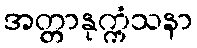
အတ္တာနုက္ကံသနာ